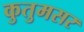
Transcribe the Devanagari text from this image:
कुतुमसर